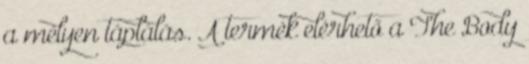
a mélyen táplálás. A termék elérhető a The Body